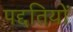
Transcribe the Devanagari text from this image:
पद्दतियों